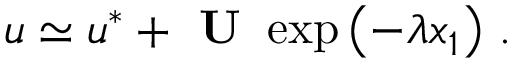
\boldsymbol { u } \simeq \boldsymbol { u } ^ { * } + \textbf { U } \exp \left( - \lambda x _ { 1 } \right) \, .